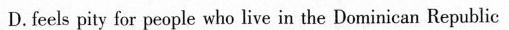
D. fecls pity for people who live in the Dominican Repub